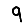
Digit: 9